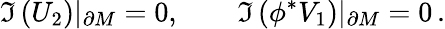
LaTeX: \Im\left(U_{2}\right)|_{\partial M}=0,\qquad\Im\left(\phi^{*}V_{1}\right)|_{\partial M}=0\, .